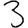
Digit: 3